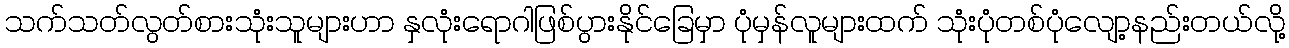
သက်သတ်လွတ်စားသုံးသူများဟာ နှလုံးရောဂါဖြစ်ပွားနိုင်ခြေမှာ ပုံမှန်လူများထက် သုံးပုံတစ်ပုံလျော့နည်းတယ်လို့